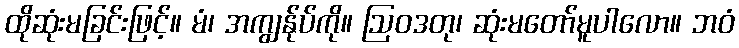
ထိုဆုံးမခြင်းဖြင့်။ မံ၊ အကျွန်ုပ်ကို။ ဩဝဒတု၊ ဆုံးမတော်မူပါလော။ ဘဝံ